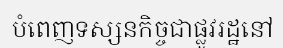
បំពេញទស្សនកិច្ចជាផ្លូវរដ្ឋនៅ